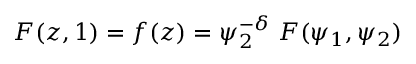
F ( z , 1 ) = f ( z ) = \psi _ { 2 } ^ { - \delta } ~ F ( \psi _ { 1 } , \psi _ { 2 } )